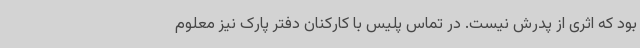
بود که اثری از پدرش نیست. در تماس پلیس با کارکنان دفتر پارک نیز معلوم